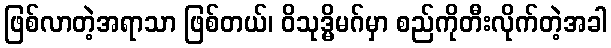
ဖြစ်လာတဲ့အရာသာ ဖြစ်တယ်၊ ဝိသုဒ္မိမဂ်မှာ စည်ကိုတီးလိုက်တဲ့အခါ